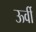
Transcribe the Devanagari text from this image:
ऊर्वी